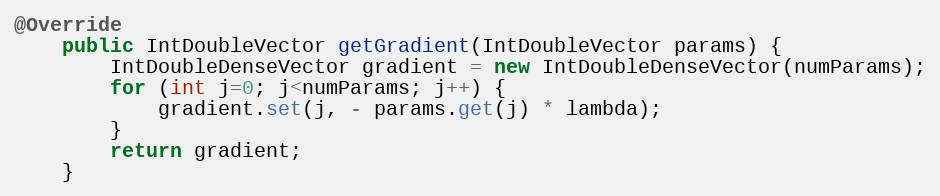
Language: Java
@Override
    public IntDoubleVector getGradient(IntDoubleVector params) {
        IntDoubleDenseVector gradient = new IntDoubleDenseVector(numParams);
        for (int j=0; j<numParams; j++) {
            gradient.set(j, - params.get(j) * lambda);
        }
        return gradient;
    }